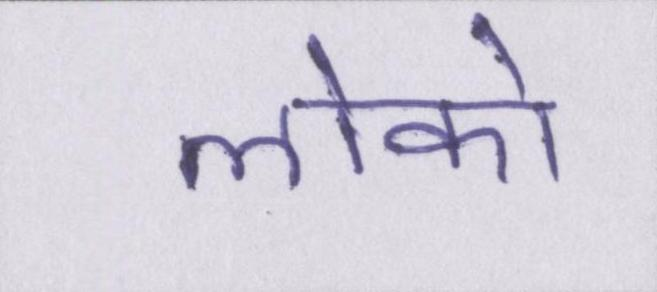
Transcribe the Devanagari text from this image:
लोको